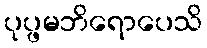
ပုပ္ဖမဘိရောပေသိ